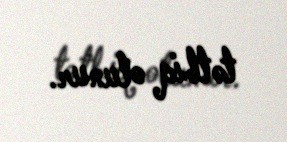
tətbiq olunur.